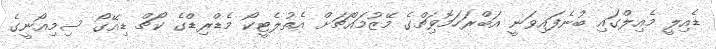
ޑެއިލީ މެއިލްގައި ބުނެފައިވަނީ އަބްރަހަމޮވިޗްގެ މޭޒުމައްޗަށް އެތުލެޓީކޯ މެޑްރިޑްގެ ކޯޗް ޑިއޭގޯ ސިމިއޯނީގެ